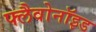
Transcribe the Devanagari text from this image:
फ्लैवोनॉइड